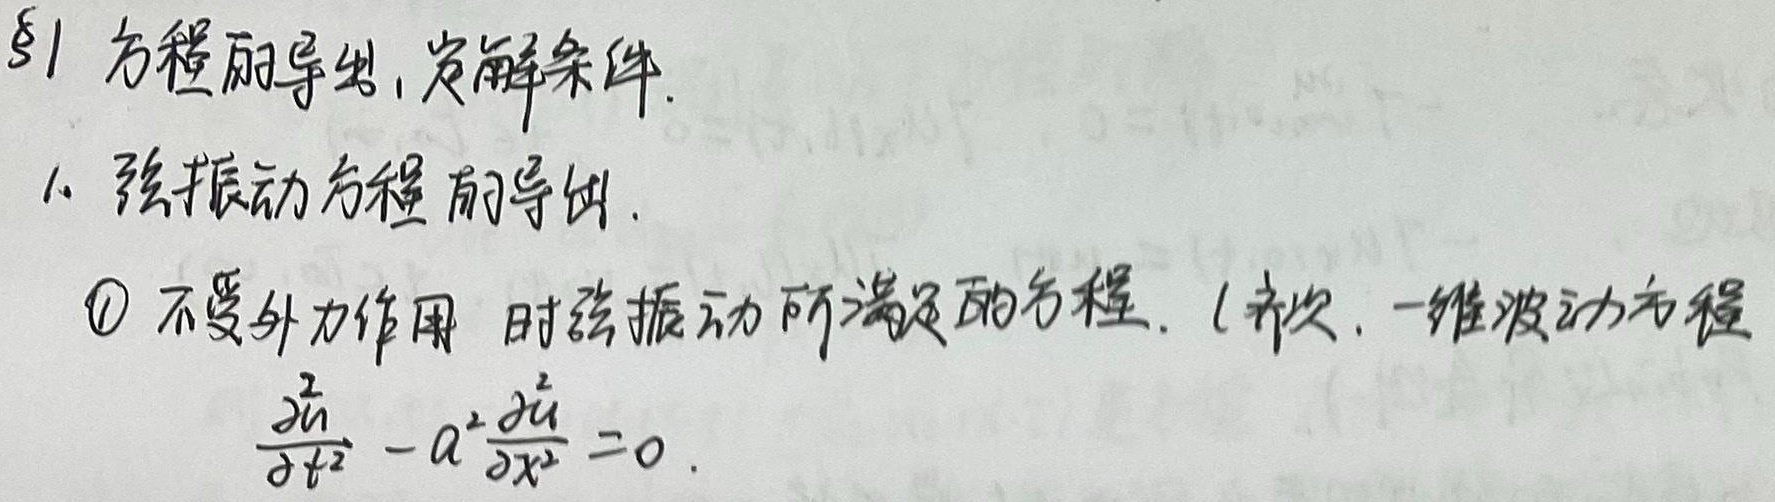
§1 方程的导出, 定解条件.
1. 弦振动方程的导出.
\textcircled{1} 不受外力作用时弦振动所满足的方程. (齐次, 一维波动方程)
\[\frac{\partial^2 u}{\partial t^2} - a^2\frac{\partial^2 u}{\partial x^2} = 0.\]